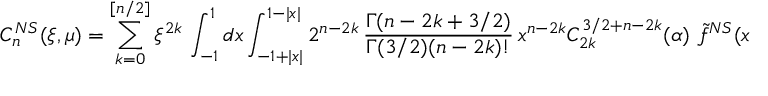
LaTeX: { \cal C } _ { n } ^ { N S } ( \xi , \mu ) = \sum _ { k = 0 } ^ { [ n / 2 ] } \xi ^ { 2 k } \, \int _ { - 1 } ^ { 1 } d x \int _ { - 1 + | x | } ^ { 1 - | x | } 2 ^ { n - 2 k } \, \frac { \Gamma ( n - 2 k + 3 / 2 ) } { \Gamma ( 3 / 2 ) ( n - 2 k ) ! } \, x ^ { n - 2 k } C _ { 2 k } ^ { 3 / 2 + n - 2 k } ( \alpha ) \, \, \tilde { f } ^ { N S } ( x , \alpha ; \mu ) \, d \alpha \, .